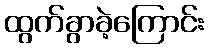
ထွက်ခွာခဲ့ကြောင်း